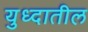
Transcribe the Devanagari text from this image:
युध्दातील